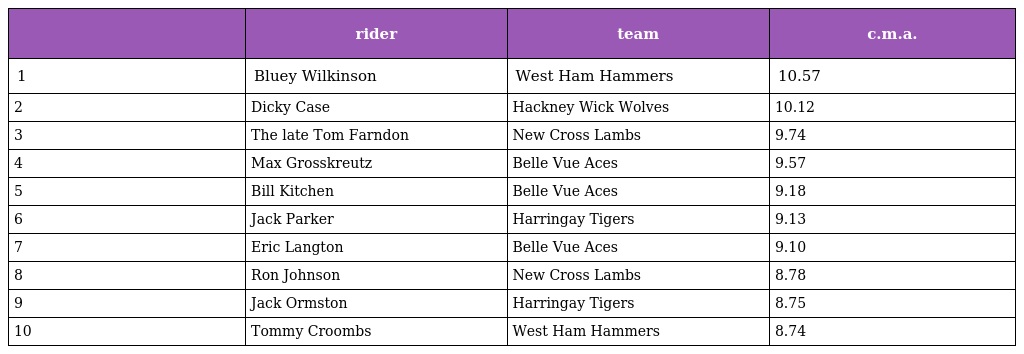
|  | rider | team | c.m.a. |
 | --- | --- | --- | --- |
 | 1 | Bluey Wilkinson | West Ham Hammers | 10.57 |
 | 2 | Dicky Case | Hackney Wick Wolves | 10.12 |
 | 3 | The late Tom Farndon | New Cross Lambs | 9.74 |
 | 4 | Max Grosskreutz | Belle Vue Aces | 9.57 |
 | 5 | Bill Kitchen | Belle Vue Aces | 9.18 |
 | 6 | Jack Parker | Harringay Tigers | 9.13 |
 | 7 | Eric Langton | Belle Vue Aces | 9.10 |
 | 8 | Ron Johnson | New Cross Lambs | 8.78 |
 | 9 | Jack Ormston | Harringay Tigers | 8.75 |
 | 10 | Tommy Croombs | West Ham Hammers | 8.74 |